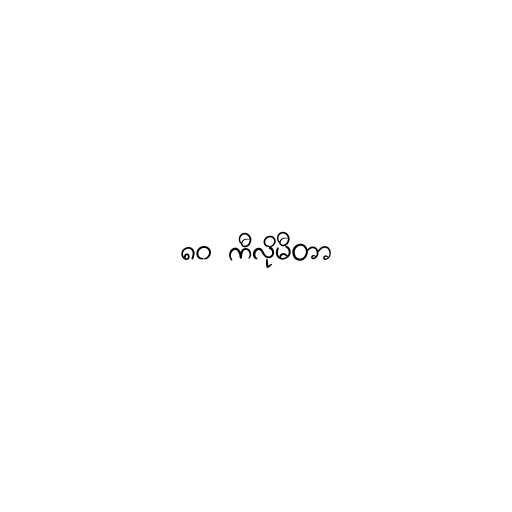
၈၀ ကီလိုမီတာ